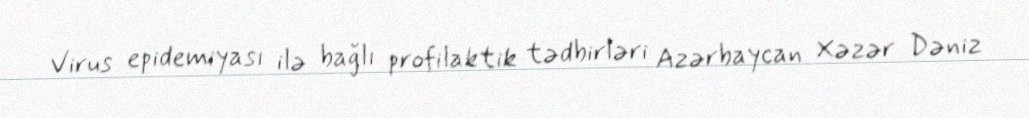
Virus epidemiyası ilə bağlı profilaktik tədbirləri Azərbaycan Xəzər Dəniz